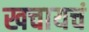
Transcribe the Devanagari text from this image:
खचायचं